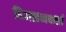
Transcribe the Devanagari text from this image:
डिजाइनकर्त्ता